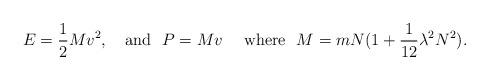
LaTeX: \begin{align*}E={1\over 2}Mv^2,\ \ \ {\rm and} \ \ P=M v \ \ \ \ {\rm where} \ \ M=m N(1+{1\over 12}\lambda^2 N^2).\end{align*}